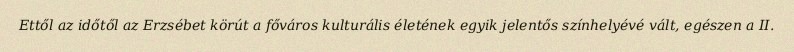
Ettől az időtől az Erzsébet körút a főváros kulturális életének egyik jelentős színhelyévé vált, egészen a II.